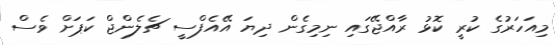
މިއަހަރުގެ ކުރީ ކޮޅު ރާއްޖޭގައި ނިމިގެން ދިޔަ އޭއެފްސީ ޗެލެންޖް ކަޕަށް ވެސް